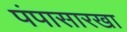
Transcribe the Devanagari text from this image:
पंपासारखा